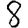
Digit: 8